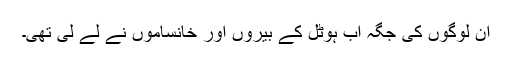
ان لوگوں کی جگہ اب ہوٹل کے بیروں اور خانساموں نے لے لی تھی۔